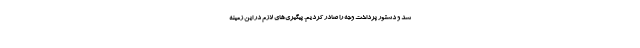
شد و دستور پرداخت وجه را صادر کردیم. پیگیری‌های لازم در این زمینه